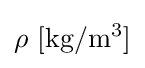
\rho \ \mathrm {[kg/m^{3}]}